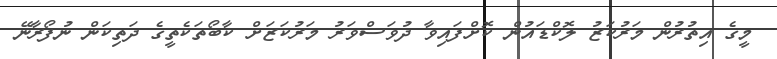
މީގެ އިތުރުން މަރުކަޒު ލޮކްޑައުން ކޮށްފައިވާ ދުވަސްވަރު މަރުކަޒަށް ކާބޯތަކެތީގެ ދަތިކަން ނުފޯރާނޭ